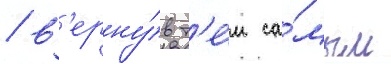
/ в'ерну́в т'е́м са́мым